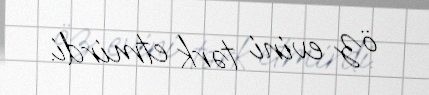
öz evini tərk etmirdi.